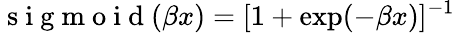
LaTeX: \mathrm{~s~i~g~m~o~i~d~}(\beta x)=[1+\exp(-\beta x)]^{-1}